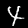
Digit: 4